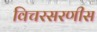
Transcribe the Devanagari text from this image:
विचरसरणीस